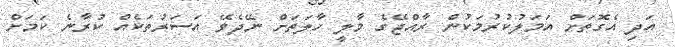
އަދި އެގޮތަށް އަމަލުކުރުމަކުން ރާއްޖޭގެ މާލީ ހާލަތަށް ނޭދެވޭ އަސަރުތަކެއް ކުރާނެ ކަމަށް